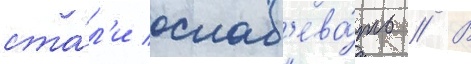
ста́л'и ослаб'ева́ть // В